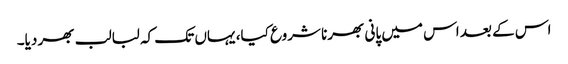
اس کے بعد اس میں پانی بھرنا شروع کیا، یہاں تک کہ لبالب بھر دیا۔